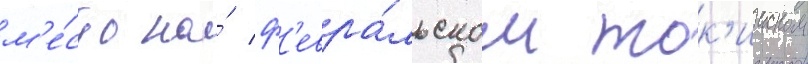
м'е́сто на́ ф'евра́льском ток'ииском